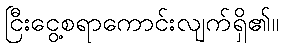
ငြီးငွေ့စရာကောင်းလျက်ရှိ၏။